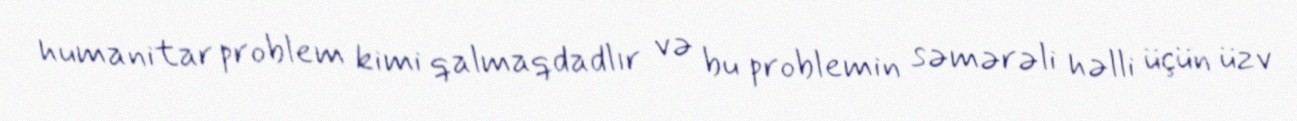
humanitar problem kimi qalmaqdadlır və bu problemin səmərəli həlli üçün üzv